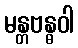
မန္တဗန္ဓဝါ